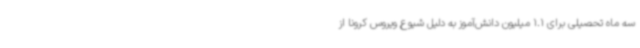
سه ماه تحصیلی برای 1.1 میلیون دانش‌آموز به دلیل شیوع ویروس کرونا از